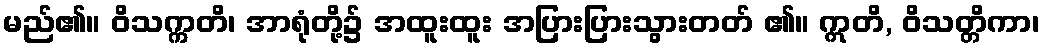
မည်၏။ ဝိသက္ကတိ၊ အာရုံတို့၌ အထူးထူး အပြားပြားသွားတတ် ၏။ ဣတိ, ဝိသတ္တိကာ၊